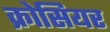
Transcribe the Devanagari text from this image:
क्रोसियर